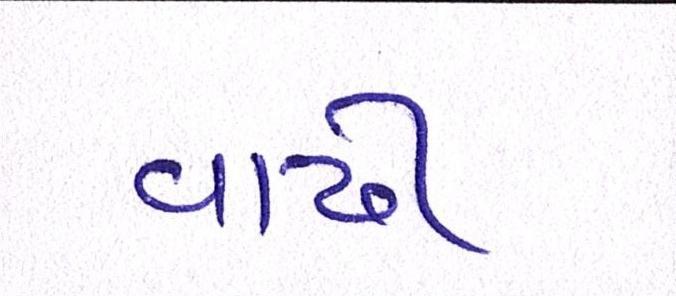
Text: વાઢી